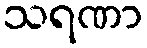
သရဏာ